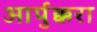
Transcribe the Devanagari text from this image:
आर्पुक्करा